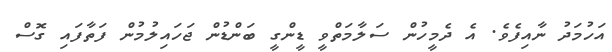
އަހުމަދު ނާއިފެވެ. އެ ދެމީހުން ސަލާމަތްވީ ޑީންގީ ބަންޑުން ޖަހައިލުމުން ފަތާފައި ގޮސް